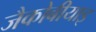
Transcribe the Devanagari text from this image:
जैकोबीयाइ